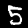
Digit: 5